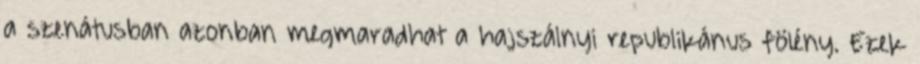
a szenátusban azonban megmaradhat a hajszálnyi republikánus fölény. Ezek